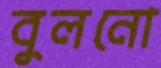
বুলনো